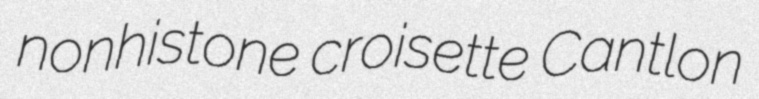
nonhistone croisette Cantlon